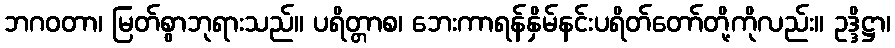
ဘဂဝတာ၊ မြတ်စွာဘုရားသည်။ ပရိတ္တာစ၊ ဘေးကာရန်နှိမ်နင်းပရိတ်တော်တို့ကိုလည်း။ ဥဒ္ဒိဋ္ဌာ၊